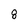
Character: 8